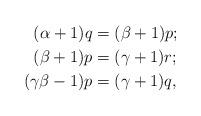
LaTeX: \begin{align*}(\alpha+1)q&=(\beta+1)p;\\(\beta+1)p&=(\gamma+1)r;\\(\gamma\beta-1)p&=(\gamma+1)q,\end{align*}